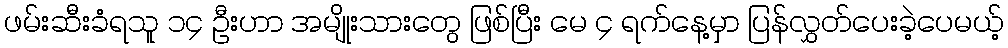
ဖမ်းဆီးခံရသူ ၁၄ ဦးဟာ အမျိုးသားတွေ ဖြစ်ပြီး မေ ၄ ရက်နေ့မှာ ပြန်လွှတ်ပေးခဲ့ပေမယ့်